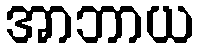
အာဘာယ